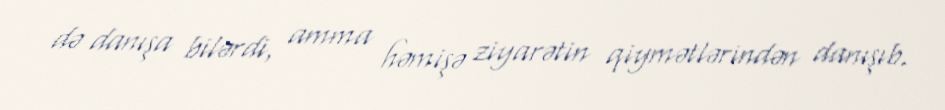
də danışa bilərdi, amma həmişə ziyarətin qiymətlərindən danışıb.